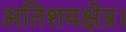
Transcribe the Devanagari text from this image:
अतिशयक्षेत्र।